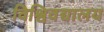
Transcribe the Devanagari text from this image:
विश्विवद्यालय